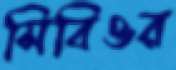
সিবিওর